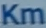
Km